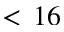
< \, 1 6